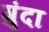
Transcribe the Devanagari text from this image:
गुंदा